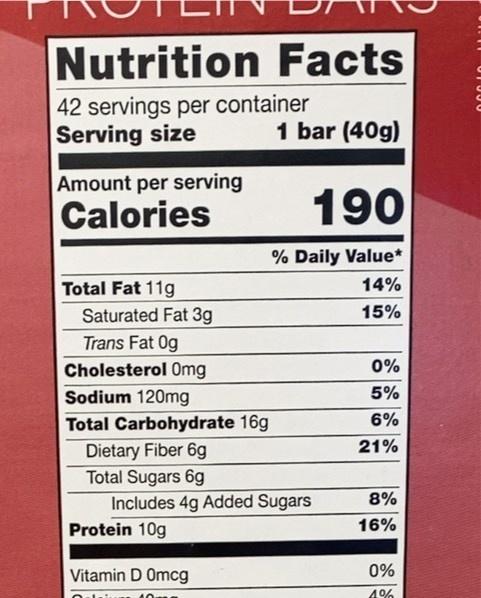
Nutrition Facts
42 servings per container Serving size
1 bar (40g)
Amount per serving Calories
190
% Daily Value*
Total Fat 11g
14%
Saturated Fat 3g
15%
Trans Fat 0g
Cholesterol 0mg
0%
Sodium 120mg
5%
Total Carbohydrate 16g
6%
21%
Dietary Fiber 6g Total Sugars 6g
Includes 4g Added Sugars
8%
Protein 10g
16%
Vitamin D Omcg
0%
4%